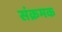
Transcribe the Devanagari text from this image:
संक्रमक